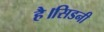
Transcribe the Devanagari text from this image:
है।सिडनी